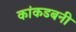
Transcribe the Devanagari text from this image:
कांकडबनी